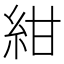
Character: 紺